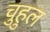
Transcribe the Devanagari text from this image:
चुहुल